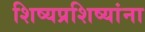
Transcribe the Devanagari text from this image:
शिष्यप्रशिष्यांना